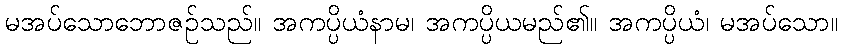
မအပ်သောဘောဇဉ်သည်။ အကပ္ပိယံနာမ၊ အကပ္ပိယမည်၏။ အကပ္ပိယံ၊ မအပ်သော။